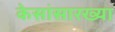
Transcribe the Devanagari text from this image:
केसांसारख्या